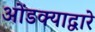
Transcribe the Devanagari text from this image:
ओंडक्याद्वारे